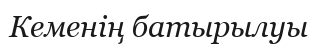
Кеменің батырылyы